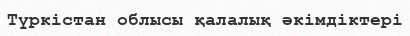
Түркістан облысы қалалық әкімдіктері